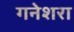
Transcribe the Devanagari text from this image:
गनेशरा